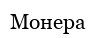
Монера